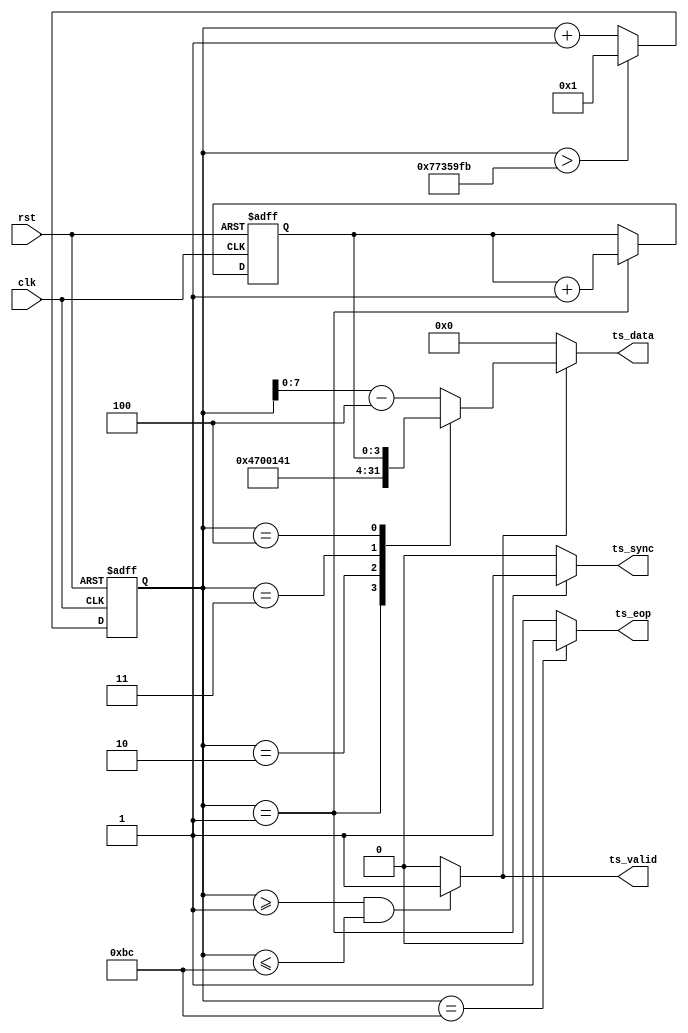
/*************************************************************************************\
    Copyright(c) 2012, China Digital TV Holding Co., Ltd,All right reserved
    Department   :   New Media,R&D Hardware Department
    Filename     :   scrambler_ts_gen.v
    Author       :   huangrui/1480
    ==================================================================================
    Description  :
    
    ==================================================================================
    Modification History:
    Date        By                  Rev.        Prj.        Change Description
    ----------------------------------------------------------------------------------
    2013-03-04  huangrui/1480       1.0         IPQAM       Create
    ==================================================================================
    Called by    :   scrambler_ts_gen.v
    File tree    :   scrambler_ts_gen.v
\************************************************************************************/

`timescale 1ns/100ps

module ts_gen8(
    rst                         ,
    clk                         ,   
    ts_sync                     ,
    ts_valid                    ,
    ts_eop                      ,
    ts_data
    );

parameter   U_DLY                       = 1                         ;
parameter   PKT_INTERVAL                = 125000000                 ;
parameter   ADAPT_FIELD_CTRL            = 2'b01                     ;   //only payload
parameter   ADAPT_FIELD_LEN             = 8'h10                     ;

input                                   rst                         ;
input                                   clk                         ;

output                                  ts_sync                     ;
output                                  ts_valid                    ;
output                                  ts_eop                      ;
output  [7:0]                           ts_data                     ;

reg     [31:0]                          byte_cnt                    ;
wire                                    ts_sync                     ;
wire                                    ts_valid                    ;
reg     [7:0]                           ts_data                     ;
wire                                    ts_eop                      ;

reg     [3:0]                           ts_cc                       ;
reg     [7:0]                           pkt_cnt                     ;

always@(posedge clk or posedge rst)
begin
    if(rst==1'b1)
    begin
        byte_cnt    <=  {32{1'b0}};
    end
    else if(byte_cnt >187 + PKT_INTERVAL)
    begin
        byte_cnt    <=  {{31{1'b0}},1'b1};  
    end
    else
    begin
        byte_cnt    <=  byte_cnt + 'h1;
    end
end

assign  ts_valid    = ((byte_cnt>=1) && (byte_cnt<=188)) ? 1'b1 : 1'b0;
assign  ts_sync     = (byte_cnt==1) ? 1'b1 : 1'b0;
assign  ts_eop      = (byte_cnt==188) ? 1'b1 : 1'b0;

always@(posedge clk or posedge rst)
begin
    if(rst==1'b1)
    begin
        ts_cc   <=  4'h0;
    end
    else if(byte_cnt==1)
    begin
        ts_cc   <=  ts_cc + 4'h1;
    end
end

always@(posedge clk or posedge rst)
begin
    if(rst==1'b1)
    begin
        pkt_cnt <=  8'h00;
    end
    else if(byte_cnt==1)
    begin
        pkt_cnt <=  pkt_cnt + 8'h01;
    end
end

always@*
begin
    if(ts_valid==1'b1)
    begin
        case(byte_cnt)
        32'd1:  ts_data =   8'h47;
        32'd2:  ts_data =   8'h00;
        32'd3:  ts_data =   8'h14;  //ts_pid
        32'd4:  ts_data =   {2'b00,ADAPT_FIELD_CTRL,ts_cc[3:0]};
        default:ts_data =   {4'h0,byte_cnt[7:0]} - 12'd4;
        endcase
    end
    else
    begin
        ts_data =   8'h00;
    end
end
 
endmodule